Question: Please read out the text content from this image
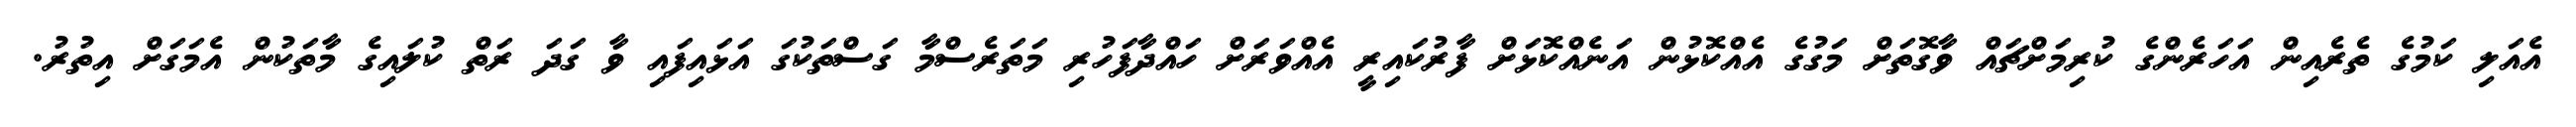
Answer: އެއަލި ކަމުގެ ތެރެއިން އަހަރެންގެ ކުރިމަށްޗައް ވާގޮތަށް މަގުގެ އެއްކޮޅުން އަނެއްކޮޅަށް ފާރުކައިރީ އެއްވަރަށް ހައްދާފަހުރި މަތަރެސްމާ ގަސްތަކުގަ އަޅައިފައި ވާ ގަދަ ރަތް ކުލައިގެ މާތަކުން އެމަގަށް އިތުރު.